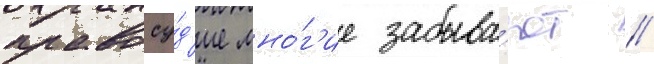
правосу́д'ие мно́г'ие забыва́ют /